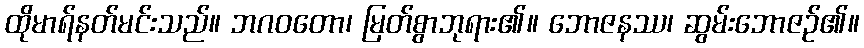
ထိုမာရ်နတ်မင်းသည်။ ဘဂဝတော၊ မြတ်စွာဘုရား၏။ ဘောဇနဿ၊ ဆွမ်းဘောဇဉ်၏။